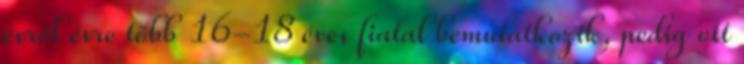
évről évre több 16-18 éves fiatal bemutatkozik, pedig ott